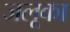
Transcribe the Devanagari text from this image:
जलूका